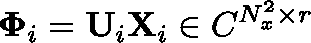
\mathbf { \Phi } _ { i } = \mathbf { U } _ { i } \mathbf { X } _ { i } \in \mathbb { C } ^ { N _ { x } ^ { 2 } \times r }